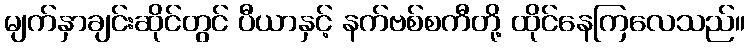
မျက်နှာချင်းဆိုင်တွင် ပီယာနှင့် နက်ဗစ်စကီတို့ ထိုင်နေကြလေသည်။